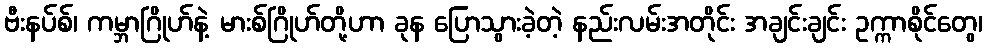
ဗီးနပ်စ်၊ ကမ္ဘာဂြိုဟ်နဲ့ မားစ်ဂြိုဟ်တို့ဟာ ခုန ပြောသွားခဲ့တဲ့ နည်းလမ်းအတိုင်း အချင်းချင်း ဥက္ကာစိုင်တွေ၊